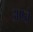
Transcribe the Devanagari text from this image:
आप्ते